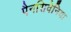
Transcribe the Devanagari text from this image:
पैनसिवेनिया